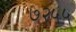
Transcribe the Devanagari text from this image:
७२५५